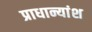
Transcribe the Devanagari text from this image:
प्राधान्यांश